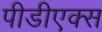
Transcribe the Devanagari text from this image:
पीडीएक्स